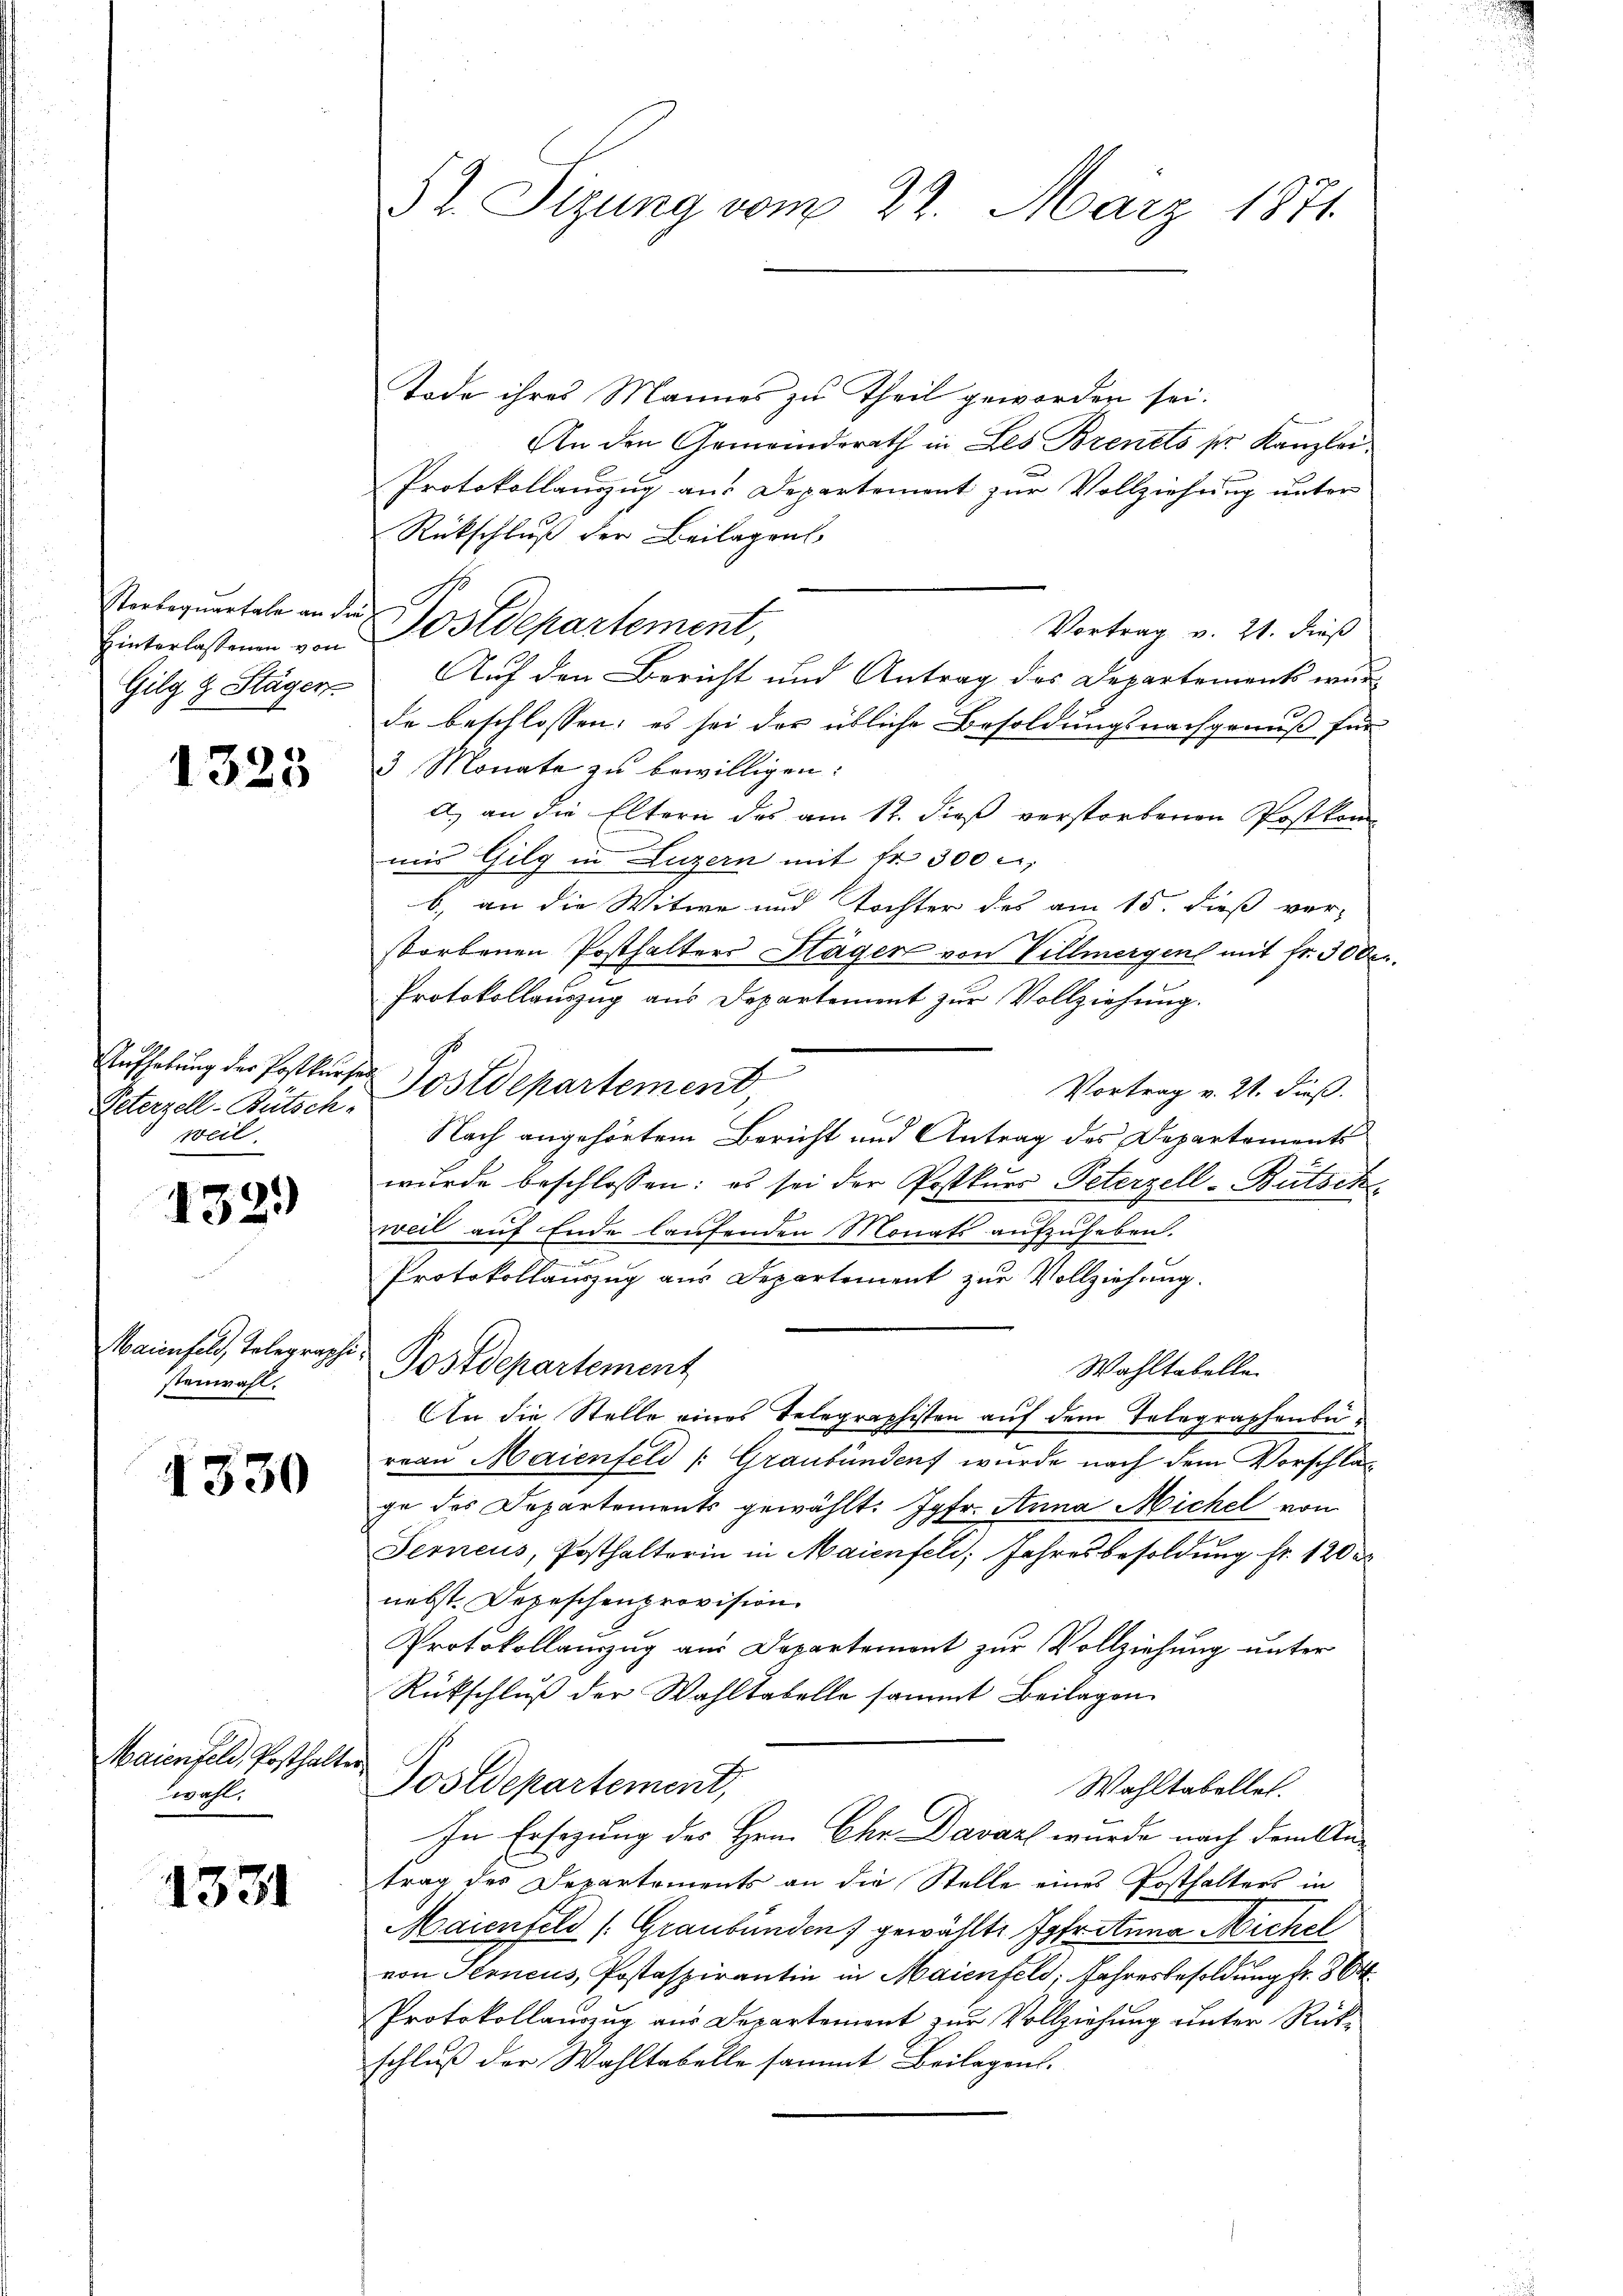
Sterbequartale an die
Hinterlassenen von
Gilg z. Stägen

1325

Peterzell-Bütsch.
weil.

1329)

Maienfeld, Tolegraphi
steinwalt.

1330

Maienfeld, Posthalte
wahl.

1331

52. Sizung vom 22. März 1871.

Tode ihres Mannes zu Theil geworden sei.
An den Gemeindsrath in Les Brents pr. Kanzlei
Protokollauszug aus Departement zur Vollziehung unter
Rückschluß der Beilagens
Vortrag v. 21. dieß
Auf den Bericht und Antrag des Departements wur-
de beschlossen: es sei der übliche Besoldungsnachgenuß für
3 Monate zu bewilligen:
a) an die Eltern des am 12. dieß verstorbenen Postkon
uus Gilg in Luzern mit fr. 300 r
b) an die Witwe und Tochter des am 15. dieß ver-
storbenen Posthalters Stäger von Villmergen mit fr. 300 r
Protokollauszug aus Departement zur Vollziehung.
Aufhebung der Postkurse Postdepartement
Vortrag v. 21. dieß.
Nach angehörtem Bericht und Antrag des Departements
wurde beschlossen: es sei der Postkurs Peterzell-Bütsch
weil auf Ende laufenden Monats aufzuheben.
.
Protokollauszug aus Departement zur Vollziehung.
Postdepartement
Wahltabelle
An die Stelle eines Telegraphisten auf dem Telegraphenberean Maienfeld (Graubünden wurde nach dem Vorschläge des Departements gewählt: Jgfr. Anna Michel von
Terneus, Posthalterin in Maienfeld, Jahresbesoldung fr. 120 d
nebst. Depeschenprovision.
Protokollauszug aus Departemont zur Vollziehung unter
Rückschluß der Wahltabelle sammt Beilagen
Postdepartement,
Wahltabellet.
In Ersezung des Hrn. Chr Davarl wurde nach dem Kletrag des Departements an die Stelle eines Posthalters in
Maienfeld (Graubünden gewählte Jahretina Michel
von Terneus, Postaspirantin in Maienfeld, Jahresbesoldung fr. 864
Protokollauszug aus Departement zŭr Vollziehung unter Rück-
schluß der Wahltabelle sammt Beilagen.

Postdepartement,